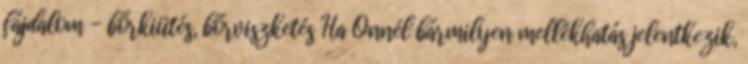
fájdalom - bőrkiütés, bőrviszketés Ha Önnél bármilyen mellékhatás jelentkezik,